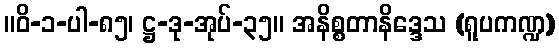
။ဝိ-၁-ပါ-၈၅၊ ဋ္ဌ-ဒု-အုပ်-၃၅။ အနိစ္စတာနိဒ္ဒေသ (ရူပကဏ္ဍ)